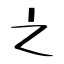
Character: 之